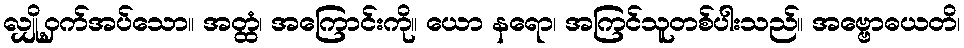
လျှို့ဝှက်အပ်သော။ အတ္ထံ၊ အကြောင်းကို။ ယော နရော၊ အကြင်သူတစ်ပါးသည်။ အဗ္ဗောဓယတိ၊